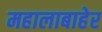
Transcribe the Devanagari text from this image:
महालाबाहेर